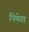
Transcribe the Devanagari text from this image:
पियेगा